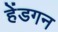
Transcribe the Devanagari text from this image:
हेंडगन